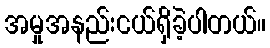
အမှုအနည်းငယ်ရှိခဲ့ပါတယ်။